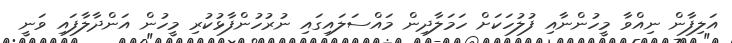
އަލިފާން ނިއްވާ މީހުންނާއި ފުލުހަކަށް ހަމަލާދިން މައްސަލައިގައި ނުރުހުންފާޅުކުރި މީހުން އަންދާލާފައި ވަނީ